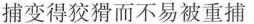
捕变得狡猾而不易被重捕